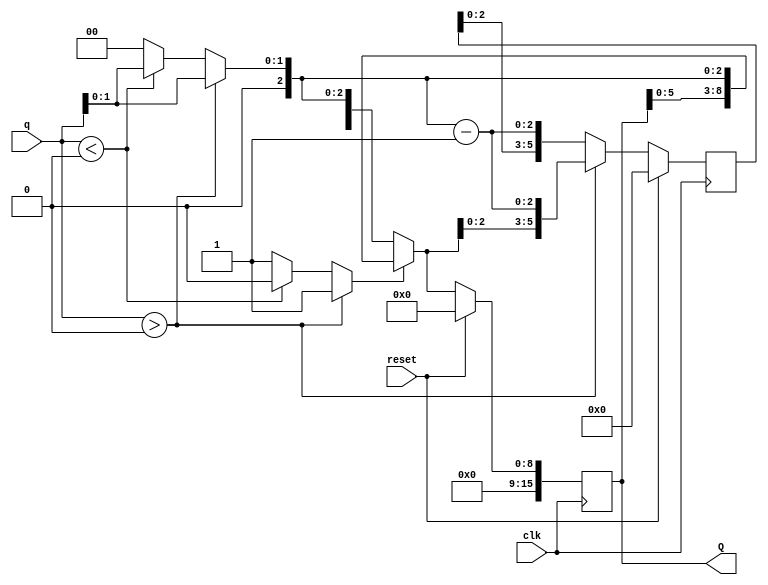
module onTheFlyConverter(
  q,
  clk,
  reset,
  Q
);
	parameter no_of_digits = 8;
	parameter radix_bits = 3;
	
	input signed [radix_bits-1:0] q;
	input clk;
	input reset;
	output reg [no_of_digits*(radix_bits-1)-1:0] Q;
	
//	reg [no_of_digits-1:0] Q;
	reg shift_Q, shift_QM;
	reg [no_of_digits*(radix_bits-1)-1:0] QM;
	reg [radix_bits-1:0] Q_in, QM_in;
	
	initial begin
		Q = 0;
		QM = 0;
	end
	
	always @ (posedge clk)
	begin : block1
		if (q>0)
		begin
			shift_Q = 1'b1;
			shift_QM = 1'b0;
			Q_in = q[1:0];
		end
		else if (q<0)
		begin
			shift_Q = 1'b0;
			shift_QM = 1'b1;
			Q_in = q[1:0];
		end
		else
		begin
			shift_Q = 1'b1;
			shift_QM = 1'b1;
			Q_in = 2'b0;
		end
		
		QM_in = Q_in - 2'b01;
		
		if (shift_Q == 1'b1) begin
			Q = {Q[no_of_digits-3:0],Q_in};
		end else begin
			Q = {QM[no_of_digits-3:0],Q_in};
		end
		
		if (shift_QM == 1'b1) begin
			QM = {QM[no_of_digits-3:0],QM_in};
		end else begin
			QM = {Q[no_of_digits-3:0],QM_in};
		end
		if (reset == 1'b1)begin
			Q = 0;
			QM = 0;
		end
	end
	
endmodule